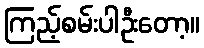
ကြည့်စမ်းပါဦးတော့။